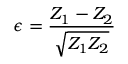
\epsilon = \frac { Z _ { 1 } - Z _ { 2 } } { \sqrt { Z _ { 1 } Z _ { 2 } } }